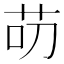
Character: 𱽕